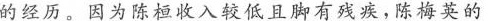
的经历。因为陈桓收入较低且脚有残疾，陈梅英的